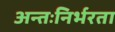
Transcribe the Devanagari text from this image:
अन्तःनिर्भरता